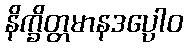
နိက္ခိတ္တမာနဒပ္ပေါဝ